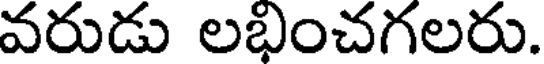
వరుడు లభించగలరు.